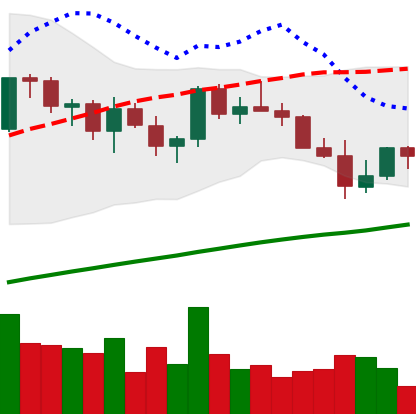
Ticker: LINK-USD
Chart end date: 2021-03-27
Forward return: 12.477%
Label: up_7plus